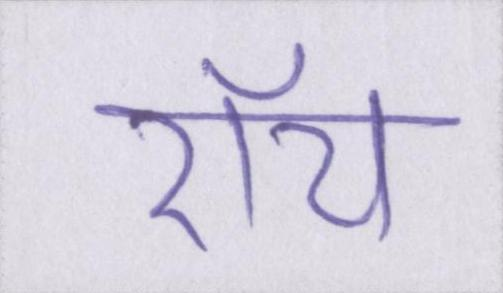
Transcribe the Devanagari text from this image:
रॉय